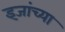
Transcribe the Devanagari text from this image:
इजांच्या